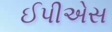
ઈપીએસ